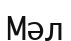
Мәл